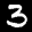
Label: 3